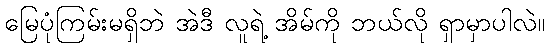
မြေပုံကြမ်းမရှိဘဲ အဲဒီ လူရဲ့ အိမ်ကို ဘယ်လို ရှာမှာပါလဲ။